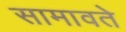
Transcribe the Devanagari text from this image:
सामावते